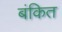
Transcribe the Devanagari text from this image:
बंकित